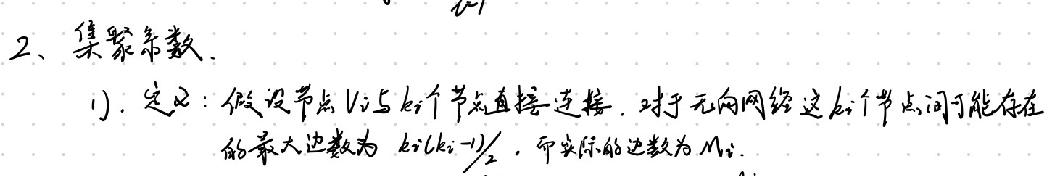
2、集聚系数.
1). 定义：假设节点 \(v_i\) 与 \(k_i\) 个节点直接连接. 对于无向网络这 \(k_i\) 个节点间可能存在的最大边数为 \(k_i(k_i - 1)/2\)，而实际的边数为 \(M_i\).